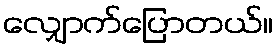
လျှောက်ပြောတယ်။